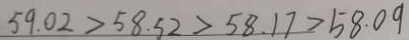
5 9 . 0 2 > 5 8 . 5 2 > 5 8 . 1 7 > 5 8 . 0 9